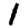
Digit: 1